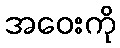
အဝေးကို